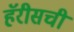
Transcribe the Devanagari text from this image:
हॅरीसची